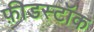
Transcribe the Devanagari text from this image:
फ़ीडस्टॉक